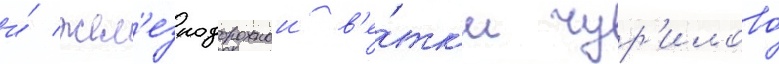
и́ жел'езнодорожнои в'е́тк'и чур'илово